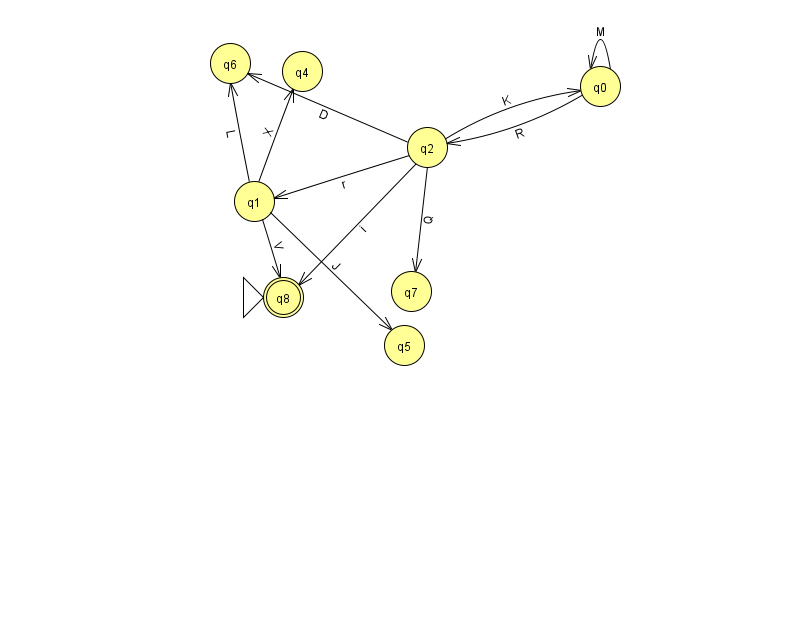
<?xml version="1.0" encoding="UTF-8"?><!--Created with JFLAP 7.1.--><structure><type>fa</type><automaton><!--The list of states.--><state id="0" name="q0"><x>600.0</x><y>73.0</y></state><state id="1" name="q1"><x>254.0</x><y>188.0</y></state><state id="2" name="q2"><x>427.0</x><y>134.0</y></state><state id="4" name="q4"><x>302.0</x><y>58.0</y></state><state id="5" name="q5"><x>404.0</x><y>332.0</y></state><state id="6" name="q6"><x>230.0</x><y>50.0</y></state><state id="7" name="q7"><x>411.0</x><y>278.0</y></state><state id="8" name="q8"><x>283.0</x><y>284.0</y><initial/><final/></state><!--The list of transitions.--><transition><from>2</from><to>7</to><read>Q</read></transition><transition><from>2</from><to>8</to><read>i</read></transition><transition><from>1</from><to>5</to><read>J</read></transition><transition><from>1</from><to>8</to><read>V</read></transition><transition><from>2</from><to>6</to><read>D</read></transition><transition><from>1</from><to>6</to><read>L</read></transition><transition><from>2</from><to>0</to><read>K</read></transition><transition><from>2</from><to>1</to><read>r</read></transition><transition><from>1</from><to>4</to><read>X</read></transition><transition><from>0</from><to>0</to><read>M</read></transition><transition><from>0</from><to>2</to><read>R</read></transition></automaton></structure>